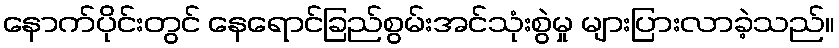
နောက်ပိုင်းတွင် နေရောင်ခြည်စွမ်းအင်သုံးစွဲမှု များပြားလာခဲ့သည်။